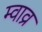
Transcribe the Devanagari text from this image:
म्वाव्र